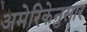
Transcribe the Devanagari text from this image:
अमेरिकेनुसार